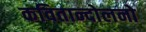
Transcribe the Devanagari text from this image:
कवितान्दोलनो